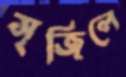
সৃজিলে